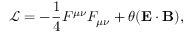
\mathcal { L } = - \frac { 1 } { 4 } F ^ { \mu \nu } F _ { \mu \nu } + \theta ( \mathbf { E } \cdot \mathbf { B ) } ,